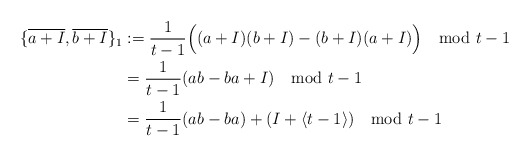
\begin{align*}\{\overline{a+I},\overline{b+I}\}_1 &:= \frac{1}{t-1}\Big((a+I)(b+I) - (b+I)(a+I)\Big) \mod t-1 \\&= \frac{1}{t-1}(ab-ba + I) \mod t-1 \\&= \frac{1}{t-1}(ab-ba) + (I+\langle t-1 \rangle) \mod t-1\end{align*}